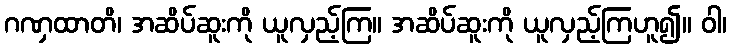
ဂဏှထာတိ၊ အဆိပ်ဆူးကို ယူလှည့်ကြ။ အဆိပ်ဆူးကို ယူလှည့်ကြဟူ၍။ ဝါ၊